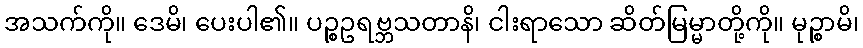
အသက်ကို။ ဒေမိ၊ ပေးပါ၏။ ပဉ္စဥရဗ္ဘသတာနိ၊ ငါးရာသော ဆိတ်မြမ္မာတို့ကို။ မုဉ္စာမိ၊